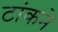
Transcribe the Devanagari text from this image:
टांकने